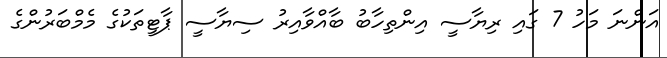
އަންނަ މަހު 7 ގައި ރިޔާސީ އިންތިހާބު ބާއްވާއިރު ސިޔާސީ ޕާޓީތަކުގެ މެމްބަރުންގެ